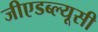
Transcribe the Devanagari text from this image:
जीएडब्ल्यूसी